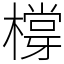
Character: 橕